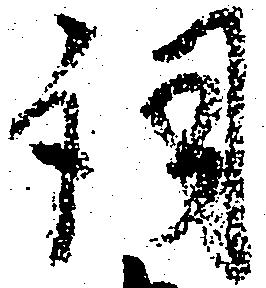
詞